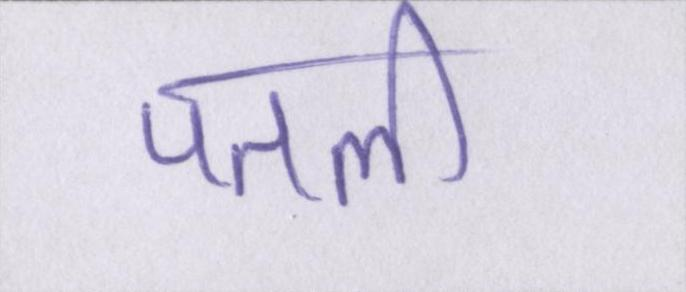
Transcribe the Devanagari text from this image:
पतली